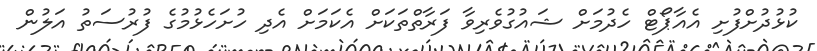
ކުޅުދުށްފުށި އެއާޕޯޓް ހެދުމަށް ޝައުގުވެރިވާ ފަރާތްތަކަށް އެކަމަށް އެދި ހުށަހެޅުމުގެ ފުރުސަތު އަލުން